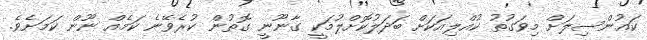
ކައުންސިލަށް މިވަގުތު ކުއްލިއަކަށް ބަދަލުކޮށްލުމަކީ ގާނޫނީ ގޮތުން ކުރެވޭނެ ކަމެއް ނޫން ކަމަށެވެ.